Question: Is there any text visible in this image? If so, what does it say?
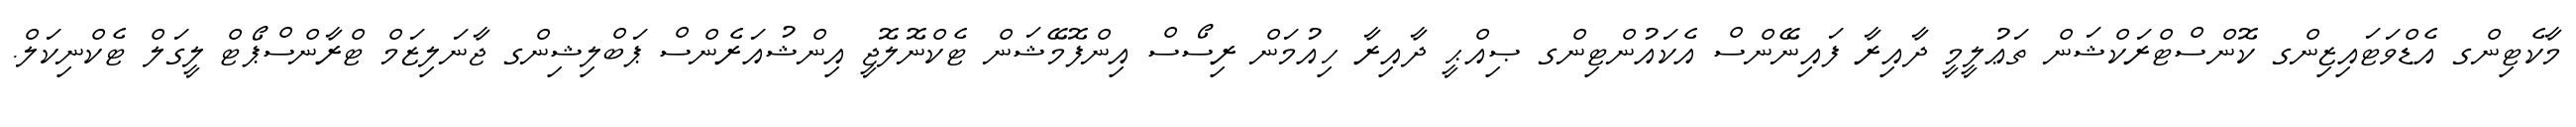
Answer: މާކެޓިންގ އެޑްވަޓައިޒިންގ ކޮންސްޓްރަކްޝަން ތަޢުލީމީ ދާއިރާ ފައިނޭންސް އެކައުންޓިންގ ޞިއްޙީ ދާއިރާ ހިއުމަން ރިސޯސް އިންފޮމޭޝަން ޓެކްނޮލޮޖީ އިންޝުއަރެންސް ޕަބްލިޝިންގ ޖާނަލިޒަމް ޓްރާންސްޕޯޓް ލީގަލް ޓެކްނިކަލް.